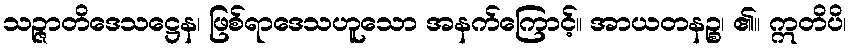
သဉ္ဇာတိဒေသဋ္ဌေန၊ ဖြစ်ရာဒေသဟူသော အနက်ကြောင့်။ အာယတနဉ္စ၊ ၏။ ဣတိပိ၊